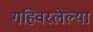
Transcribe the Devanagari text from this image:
गहिवरलेल्या